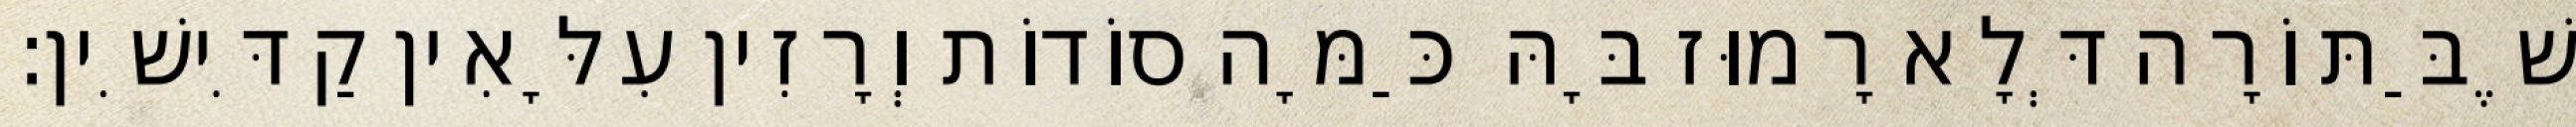
שֶׁבַּתּוֹרָה דְּלָא רָמוּז בָּהּ כַּמָּה סוֹדוֹת וְרָזִין עִלָּאִין קַדִּישִׁין: